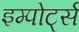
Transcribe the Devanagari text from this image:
इम्पोर्ट्स